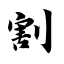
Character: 割